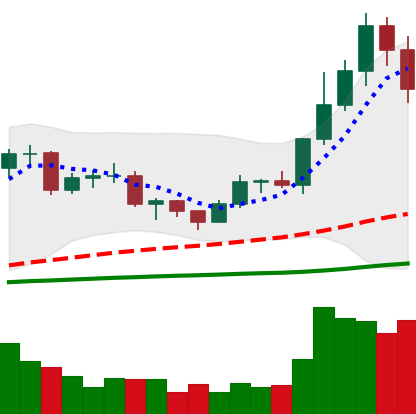
Ticker: LTC-USD
Chart end date: 2020-12-21
Forward return: 23.288%
Label: up_7plus